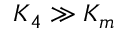
K _ { 4 } \gg K _ { m }